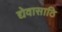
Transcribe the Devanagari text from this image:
द्येवासाठि